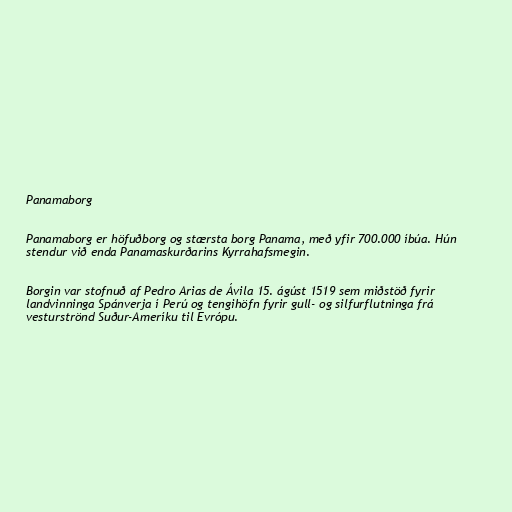
Panamaborg

Panamaborg er höfuðborg og stærsta borg Panama, með yfir 700.000 íbúa. Hún
stendur við enda Panamaskurðarins Kyrrahafsmegin.

Borgin var stofnuð af Pedro Arias de Ávila 15. ágúst 1519 sem miðstöð fyrir
landvinninga Spánverja í Perú og tengihöfn fyrir gull- og silfurflutninga frá
vesturströnd Suður-Ameríku til Evrópu.